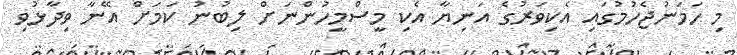
މި ހަމަނުޖެހުމުގައި އެކިވަރުގެ އަނިޔާ އެކި މީސްމީހުންނަށް ލިބުނު ކަމަށް އޭނާ ވިދާޅުވި